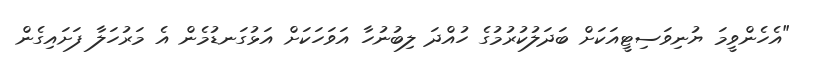
"އެހެންވީމަ ޔުނިވަސިޓީއަކަށް ބަދަލުކުރުމުގެ ހުއްދަ ލިބުނުހާ އަވަހަކަށް އަޅުގަނޑުމެން އެ މަރުހަލާ ފަށައިގެން